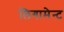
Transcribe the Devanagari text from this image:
लिगामेन्ट